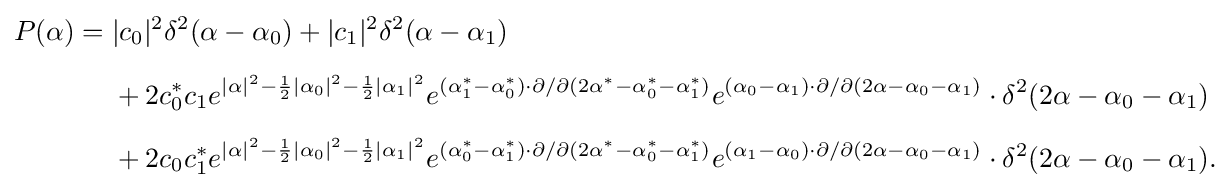
{\begin{aligned}P(\alpha )={}&|c_{0}|^{2}\delta ^{2}(\alpha -\alpha _{0})+|c_{1}|^{2}\delta ^{2}(\alpha -\alpha _{1})\\[5pt]&{}+2c_{0}^{*}c_{1}e^{|\alpha |^{2}-{\frac {1}{2}}|\alpha _{0}|^{2}-{\frac {1}{2}}|\alpha _{1}|^{2}}e^{(\alpha _{1}^{*}-\alpha _{0}^{*})\cdot \partial /\partial (2\alpha ^{*}-\alpha _{0}^{*}-\alpha _{1}^{*})}e^{(\alpha _{0}-\alpha _{1})\cdot \partial /\partial (2\alpha -\alpha _{0}-\alpha _{1})}\cdot \delta ^{2}(2\alpha -\alpha _{0}-\alpha _{1})\\[5pt]&{}+2c_{0}c_{1}^{*}e^{|\alpha |^{2}-{\frac {1}{2}}|\alpha _{0}|^{2}-{\frac {1}{2}}|\alpha _{1}|^{2}}e^{(\alpha _{0}^{*}-\alpha _{1}^{*})\cdot \partial /\partial (2\alpha ^{*}-\alpha _{0}^{*}-\alpha _{1}^{*})}e^{(\alpha _{1}-\alpha _{0})\cdot \partial /\partial (2\alpha -\alpha _{0}-\alpha _{1})}\cdot \delta ^{2}(2\alpha -\alpha _{0}-\alpha _{1}).\end{aligned}}